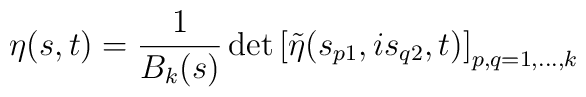
\eta(s,t) = \frac{1}{B_k(s)} \, {\rm det}\left[   \tilde{\eta}(s_{p1},is_{q2},t)\right]_{p,q=1,\ldots,k}